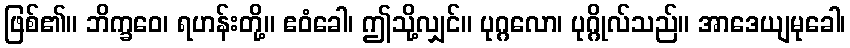
ဖြစ်၏။ ဘိက္ခဝေ၊ ရဟန်းတို့။ ဧဝံခေါ၊ ဤသို့လျှင်။ ပုဂ္ဂလော၊ ပုဂ္ဂိုလ်သည်။ အာဒေယျမုခေါ၊